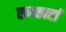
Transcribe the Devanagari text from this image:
एनकार्टा